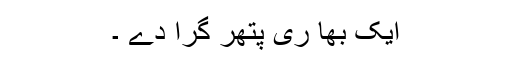
ایک بھا ری پتھر گرا دے ۔